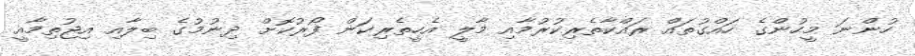
ހުންނަ މީހުންގެ ހައްގުތައް ރައްކާތެރިކުރުމާއި މާލީ އެހީތެރިކަން ފޯރުކޮށް ދިނުމުގެ ބިލާއި އިޖުތިމާއީ